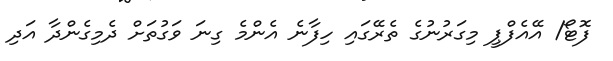
ފޮޓޯ/ އޭއެފްޕީ މިގަރުނުގެ ތެރޭގައި ހިފާނެ އެންމެ ގިނަ ވަގުތަށް ދެމިގެންދާ އަދި